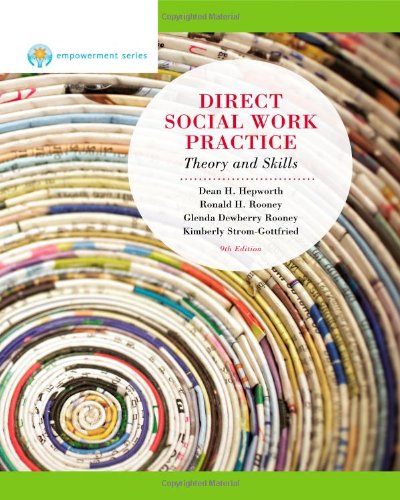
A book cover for Direct Social Work Practice: Theory and Skills, 9th Edition (Brooks / Cole Empowerment Series); Dean H. Hepworth; Politics & Social Sciences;